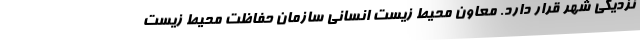
نزدیکی شهر قرار دارد. معاون محیط‌ زیست انسانی سازمان حفاظت محیط‌ زیست